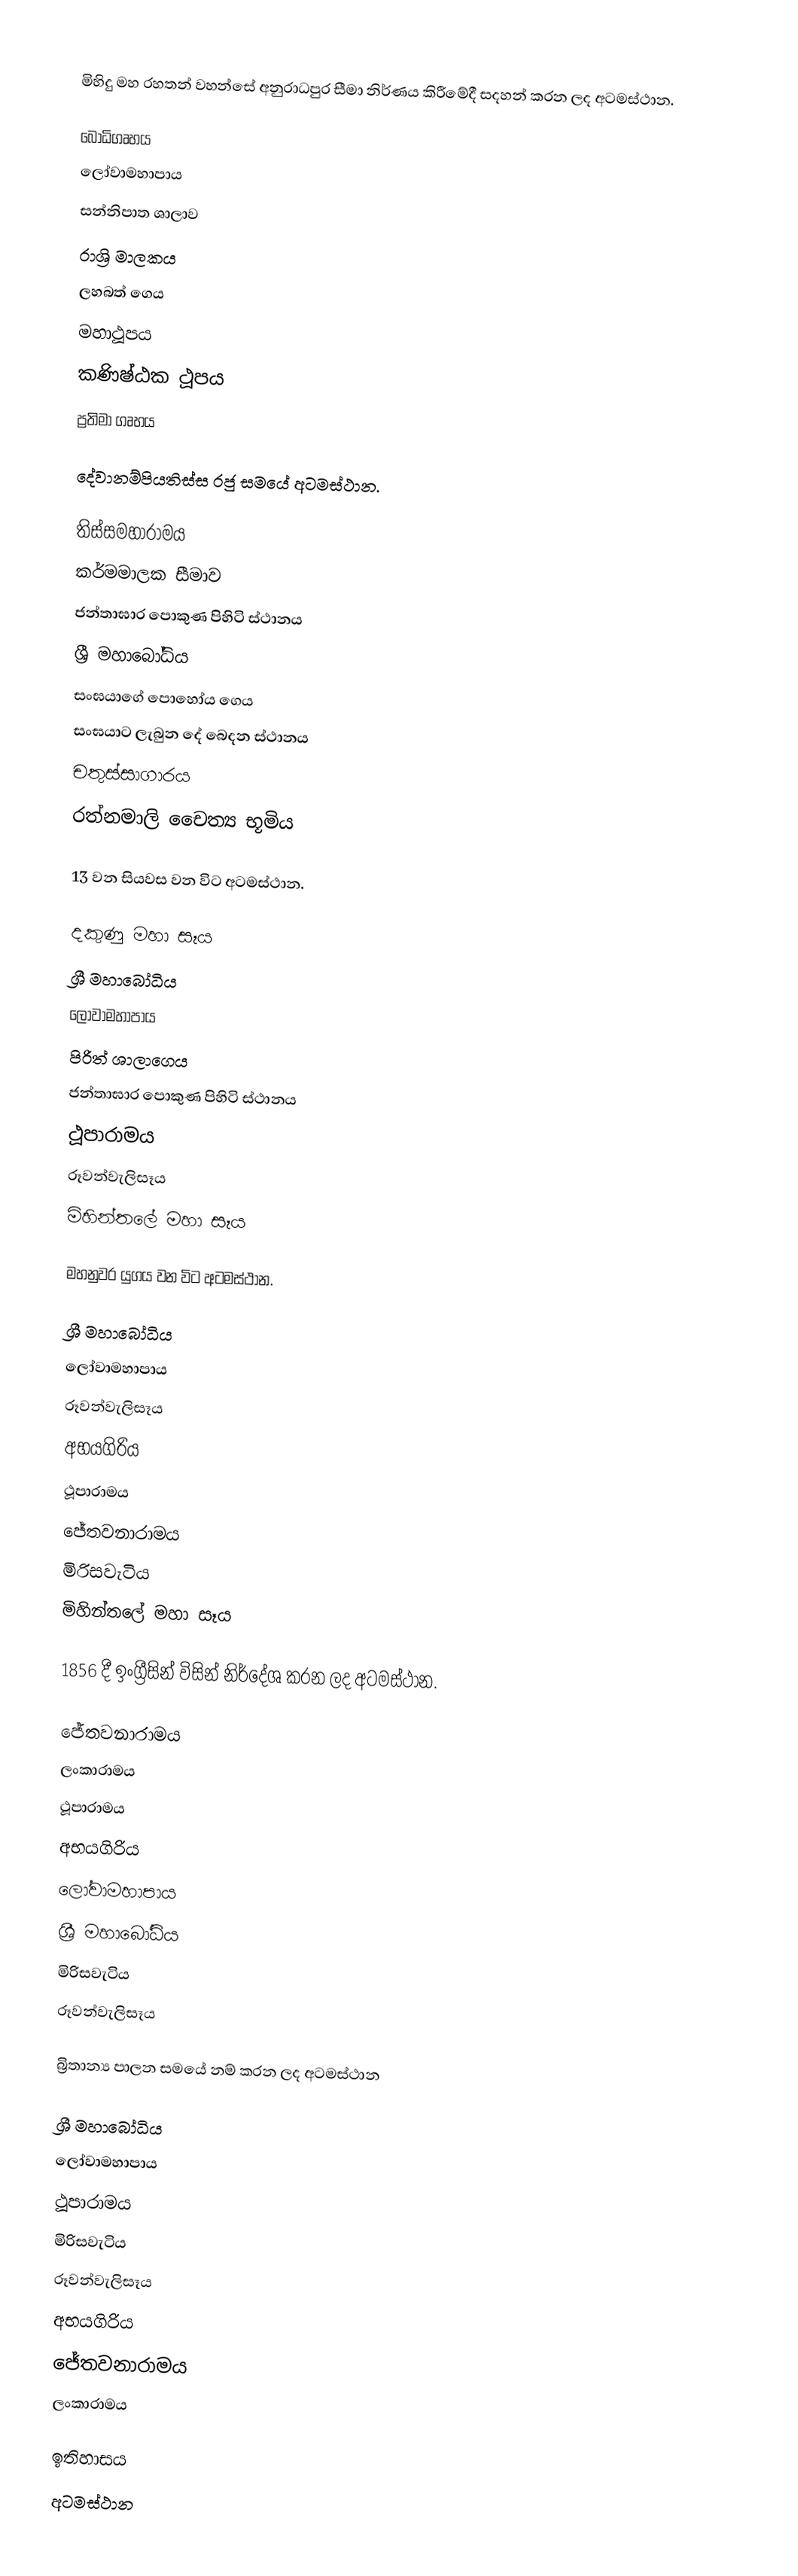

මිහිදු මහ රහතන් වහන්සේ අනුරාධපුර සීමා නිර්ණය කිරීමේදී සදහන් කරන ලද අටමස්ථාන.

 බෝධිගෘහය
 ලෝවාමහාපාය
 සන්නිපාත ශාලාව
 රාශ්‍රි මාලකය
 ලහබත් ගෙය
 මහාථූපය
 කණිෂ්ඨක ථූපය
 ප්‍රතිමා ගෘහය

දේවානම්පියතිස්ස රජු සමයේ අටමස්ථාන.‍

 තිස්සමහාරාමය
 කර්මමාලක සීමාව
 ජන්තාඝාර පොකුණ පිහිටි ස්ථානය
 ශ්‍රී මහාබෝධිය
 සංඝයාගේ පොහෝය ගෙය
 සංඝයාට ලැබුන දේ බෙදන ස්ථානය
 චතුස්සාගාරය
 රත්නමාලි චෙෙත්‍ය භූමිය

13 වන සියවස වන විට අටමස්ථාන.

 දකුණු මහා සෑය
 ශ්‍රී මහාබෝධිය
 ලෝවාමහාපාය
 පිරිත් ශාලාගෙය
 ජන්තාඝාර පොකුණ පිහිටි ස්ථානය
 ථූපාරාමය
 රූවන්වැලිසෑය
 මිහින්තලේ මහා සෑය

මහනුවර යුගය වන විට අටමස්ථාන.

 ශ්‍රී මහාබෝධිය
 ලෝවාමහාපාය
 රූවන්වැලිසෑය
 අභයගිරිය
 ථූපාරාමය
 ජේතවනාරාමය
 මිරිසවැටිය
 මිහින්තලේ මහා සෑය

1856 දී ඉංග්‍රීසින් විසින් නිර්දේශ කරන ලද අටමස්ථාන.

 ජේතවනාරාමය
 ලංකාරාමය
 ථූපාරාමය
 අභයගිරිය
 ලෝවාමහාපාය
 ශ්‍රී මහාබෝධිය
 මිරිසවැටිය
 රූවන්වැලිසෑය

බ්‍රිතාන්‍ය පාලන සමයේ නම් කරන ලද අටමස්ථාන

 ශ්‍රී මහාබෝධිය
 ලෝවාමහාපාය
 ථූපාරාමය
 මිරිසවැටිය
 රූවන්වැලිසෑය
 අභයගිරිය
 ජේතවනාරාමය
 ලංකාරාමය

ඉතිහාසය
අටමස්ථාන